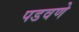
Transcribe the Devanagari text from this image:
पडवणे